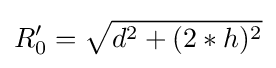
R_{0}'={\sqrt {d^{2}+(2*h)^{2}}}